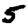
Digit: 5